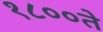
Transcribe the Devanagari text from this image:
१८००ते